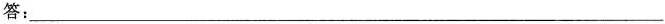
答：___